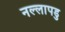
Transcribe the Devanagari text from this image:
नल्‍लापडु